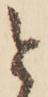
と